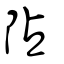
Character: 阽